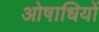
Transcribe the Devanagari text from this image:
ओषाधियों